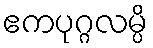
ဧကပုဂ္ဂလမ္ပိ